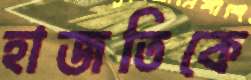
হাজতিকে